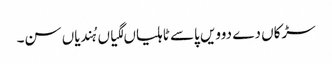
سڑکاں دے دوویں پاسے ٹاہلیاں لگیاں ہُندیاں سن۔